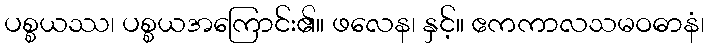
ပစ္စယဿ၊ ပစ္စယအကြောင်း၏။ ဖလေန၊ နှင့်။ ဧကကာလသမဝဓာနံ၊